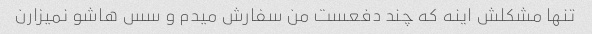
تنها مشکلش اینه که چند دفعست من سفارش میدم و سس هاشو نمیزارن